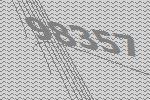
98357